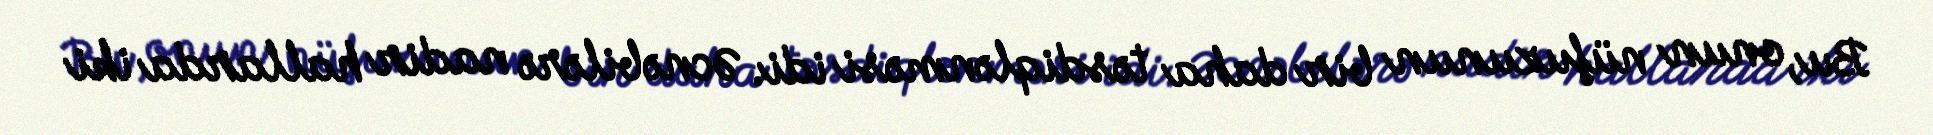
Bu, onun nüfuzunun bir daha təsdiqlənməsi idi. Əcnəbilərə nadir hallarda iki